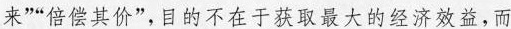
来””倍偿其价”，目的不在于获取最大的经济效益，而